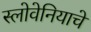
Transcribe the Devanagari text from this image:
स्लोवेनियाचे